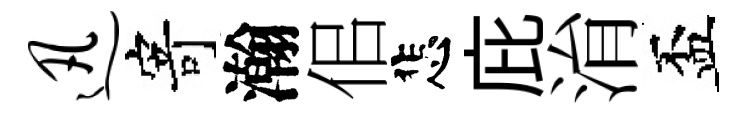
迅寄瀚佀悲庇㳙盃